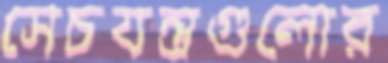
সেচযন্ত্রগুলোর